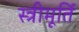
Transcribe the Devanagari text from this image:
स्त्रीमूर्ति